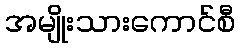
အမျိုးသားကောင်စီ